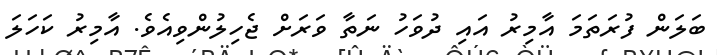
ބަލަން ފުރަތަމަ އާމިރު އައި ދުވަހު ނަތާ ވަރަށް ޖެހިލުންވިއެވެ. އާމިރު ކަހަލަ